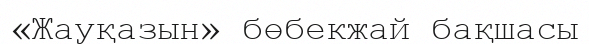
«Жауқазын» бөбекжай бақшасы